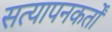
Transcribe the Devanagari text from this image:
सत्यापनकर्तों